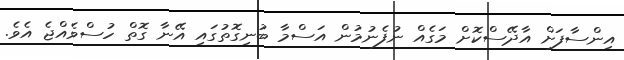
އިންސާފަށް އާދޭސްކޮށް މަގެއް ނުފެނުމުން އަސްމާ ބުނިގޮތުގައި އޭނާ ގޮތް ހުސްވެއްޖެ އެވެ.